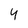
Character: 4